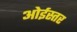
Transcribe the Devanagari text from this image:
ओईस्तर